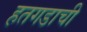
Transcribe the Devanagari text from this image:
हतगडाची